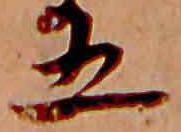
五